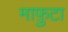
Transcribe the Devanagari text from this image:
माफ़ुटा